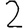
Digit: 2